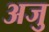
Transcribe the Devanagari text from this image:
अजु